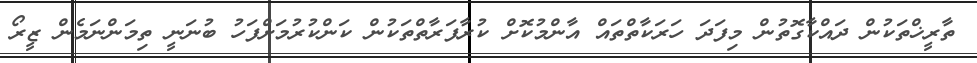
ތާރީޚްތަކުން ދައްކާގޮތުން މިފަދަ ހަރަކާތްތައް އާންމުކޮށް ކުރާފަރާތްތަކުން ކަންކުރުމަށްފަހު ބުނަނީ ތިމަންނަމެން ޒީރޯ